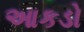
આકડો